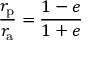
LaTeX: { \frac { r _ { \mathrm { p } } } { r _ { \mathrm { a } } } } = { \frac { 1 - e } { 1 + e } }